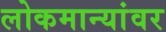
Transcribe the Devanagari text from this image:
लोकमान्यांवर